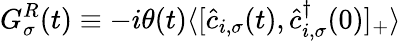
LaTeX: G_{\sigma}^{R}(t)\equiv-i\theta(t)\langle[\hat{c}_{i,\sigma}(t),\hat{c}_{i,\sigma}^{\dagger}(0)]_{+}\rangle